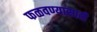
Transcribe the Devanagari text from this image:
फळवण्यासाठी